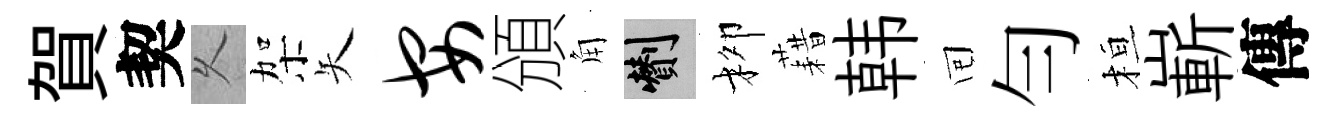
賀契乆架矢安頒角剪柳藉韩囘勻桓嶄傳